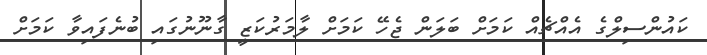
ކައުންސިލްގެ އެއްޗެއް ކަމަށް ބަލަން ޖެހޭ ކަމަށް ލާމަރުކަޒީ ގާނޫނުގައި ބުނެފައިވާ ކަމަށް